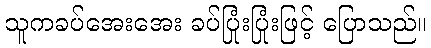
သူကခပ်အေးအေး ခပ်ပြုံးပြုံးဖြင့် ပြောသည်။